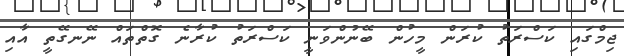
ޖިމްގައި ކަސްރަތު ކުރަން މީހުން ބޭނުންވަނީ ކަސްރަތު ކުރާނެ ގޮތްތައް ނޭނގޭތީ އާއި